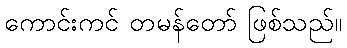
ကောင်းကင် တမန်တော် ဖြစ်သည်။